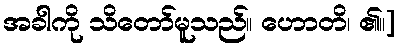
အခါကို သိတော်မူသည်။ ဟောတိ၊ ၏။]